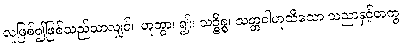
လူဖြစ်၍ဖြစ်သည်သာလျှင်။ ဟုတွာ၊ ၍။ သဉ္စိစ္စ၊ သတ္တဝါဟုသိသော သညာနှင့်တကွ